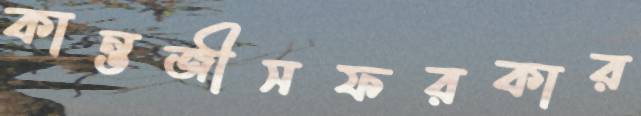
কান্তজীসফরকার